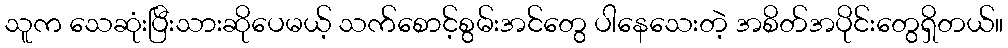
သူက သေဆုံးပြီးသားဆိုပေမယ့် သက်စောင့်စွမ်းအင်တွေ ပါနေသေးတဲ့ အစိတ်အပိုင်းတွေရှိတယ်။